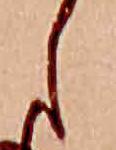
し